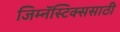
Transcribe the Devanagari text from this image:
जिम्नॅस्टिक्ससाठी